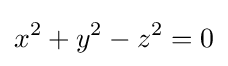
x^{2}+y^{2}-z^{2}=0